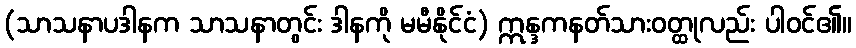
(သာသနာပဒါနက သာသနာတွင်း ဒါနကို မမီနိုင်ငံ) ဣန္ဒကနတ်သားဝတ္ထုလည်း ပါဝင်၏။